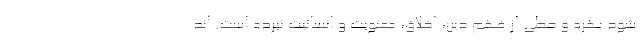
شود بهره و حظی از فهم دین، اخلاق، معنویت و انسانیت نبرده است. اند